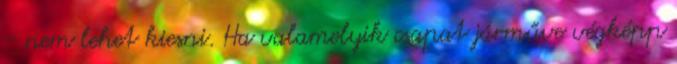
- nem lehet kiesni. Ha valamelyik csapat járműve végképp